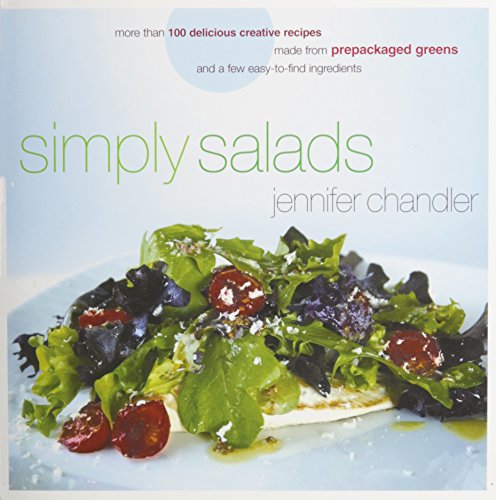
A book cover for Simply Salads: More than 100 Creative Recipes You Can Make in Minutes from Prepackaged Greens; Jennifer Chandler; Cookbooks, Food & Wine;